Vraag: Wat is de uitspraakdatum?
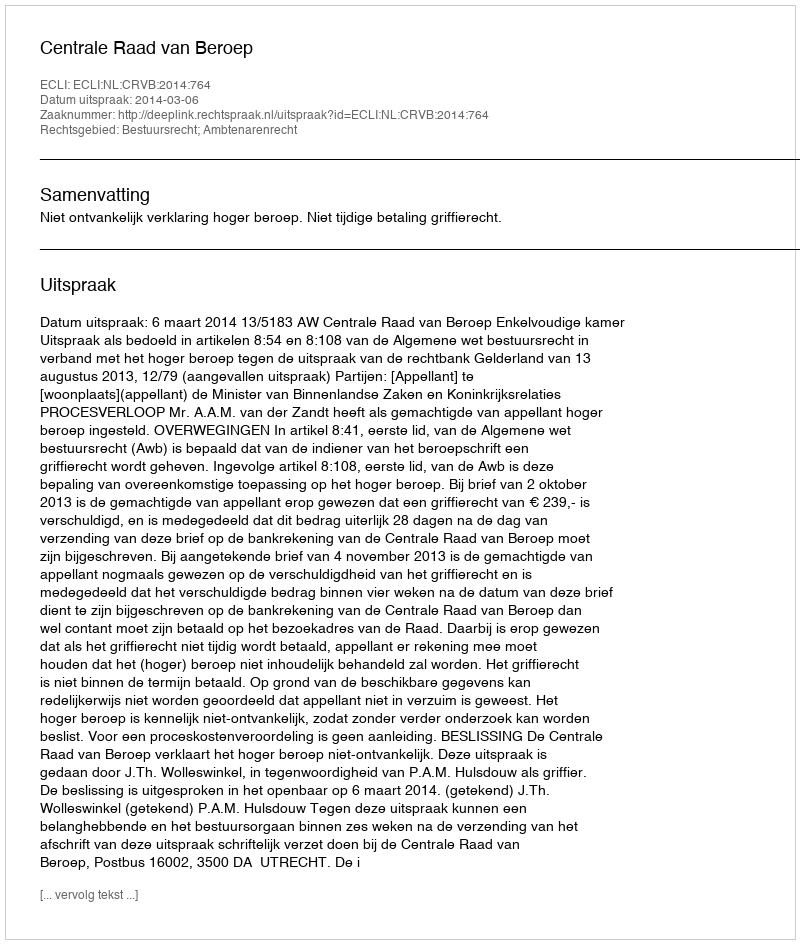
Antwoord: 2014-03-06